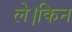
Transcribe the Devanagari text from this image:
ले।किन